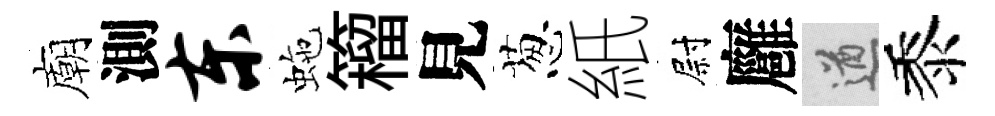
廟測东虵籕見葱紙尉廱遒黍